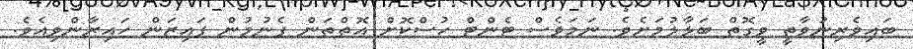
ބައިވެރިނުވާތީ ވީގޮތް ބަލާލުމަށެވެ. ނަމަވެސް ޓެންޓް ހުސްކޮށް އޮތްތަން ފެނުމުން ފައިޒަން ހައިރާންވިއެވެ.